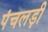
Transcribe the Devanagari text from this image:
पंचलड़ी